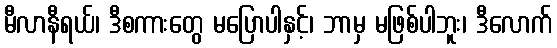
မီလာနီရယ်၊ ဒီစကားတွေ မပြောပါနှင့်၊ ဘာမှ မဖြစ်ပါဘူး၊ ဒီလောက်